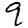
Digit: 9